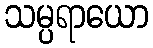
သမ္ပရာယော